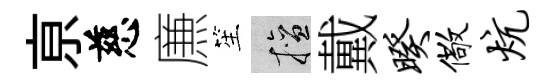
亰慈㢘笙擅戴暌儆炕